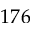
1 7 6